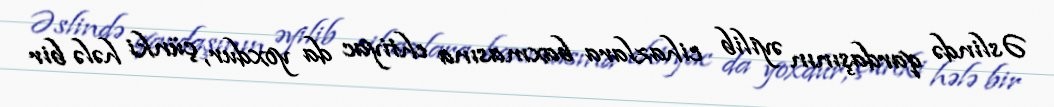
Əslində qardaşının əyilib cihazlara baxmasına ehtiyac da yoxdur, çünki hələ bir